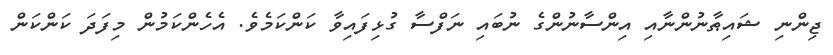
ޖިންނި ޝައިޠާނުންނާއި އިންސާނުންގެ ނުބައި ނަފްސާ ގުޅިފައިވާ ކަންކަމެވެ. އެހެންކަމުން މިފަދަ ކަންކަން